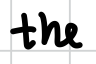
Text: the
Cross-out: clean
Writing tool: digital_black